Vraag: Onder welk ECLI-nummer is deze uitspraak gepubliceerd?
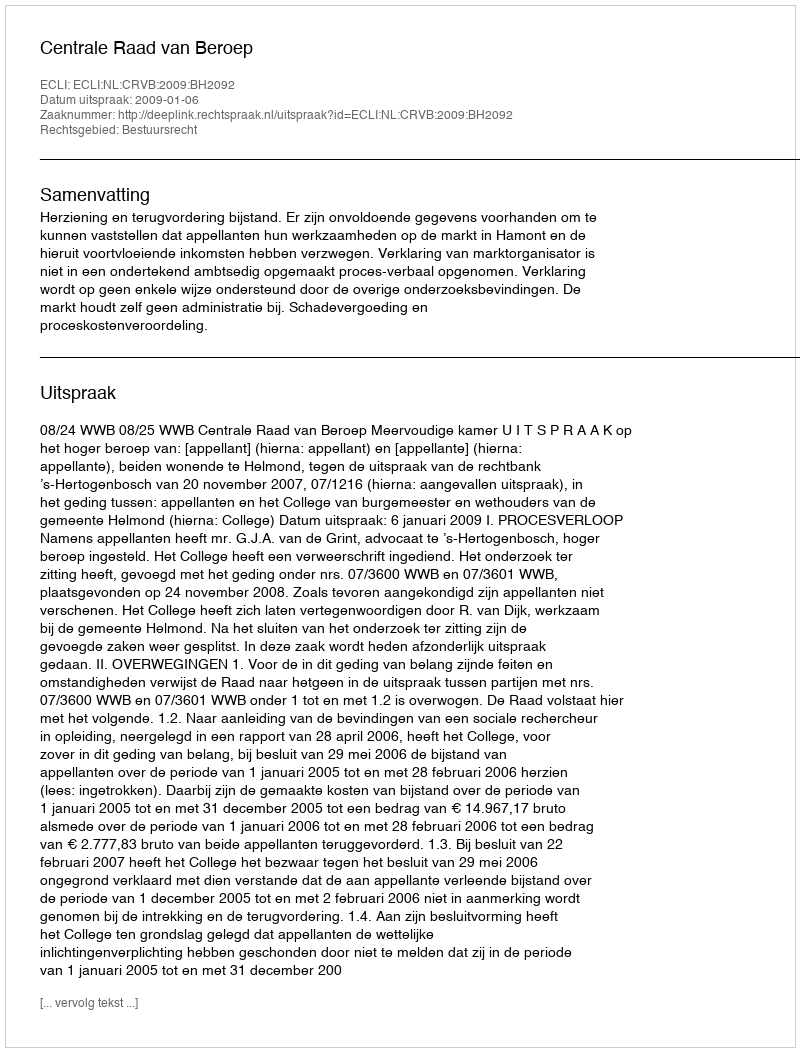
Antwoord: ECLI:NL:CRVB:2009:BH2092